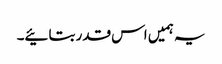
یہ ہمیں اس قدر بتائیے۔